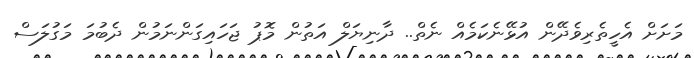
މަށަށް އެހީތެރިވެދޭން އުޅޭނެކަމެއް ނެތް.. ދާނިޔަލް އަތުން މޮޕު ޖަހައިގަންނަމުން ދެބުމަ މަގުލަސް